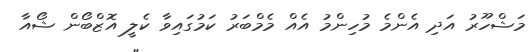
މަޝްހޫރު އަދި އެންމެ މުހިންމު އެއް މެމްބަރު ކަމުގައިވާ ކެލީ އޮޒްބޯން ޝޯއާ